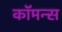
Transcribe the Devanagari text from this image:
कॉमन्‍स